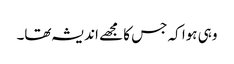
وہی ہوا کہ جس کا مجھے اندیشہ تھا۔